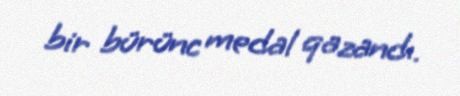
bir bürünc medal qazandı.